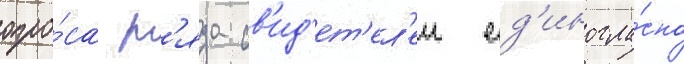
опро́са р'яда св'ид'ет'ел'еи ед'иногла́сно